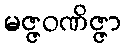
မဇ္ဇဝဏိဇ္ဇာ